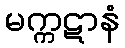
မက္ကဋာနံ